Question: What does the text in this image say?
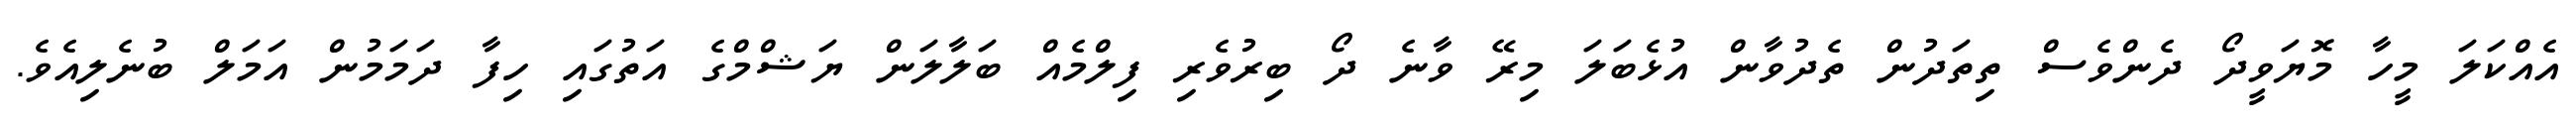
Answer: އެއްކަލަ މީހާ މޮޔަވީދޯ ދެންވެސް ތިތަދުން ތެދުވާން އުޅެބަލަ މިރޭ ވާނެ ދޯ ބިރުވެރި ފިލްމެއް ބަލާލަން ޔަޝްމްގެ އަތުގައި ހިފާ ދަމަމުން އަމަލް ބުނެލިއެވެ.